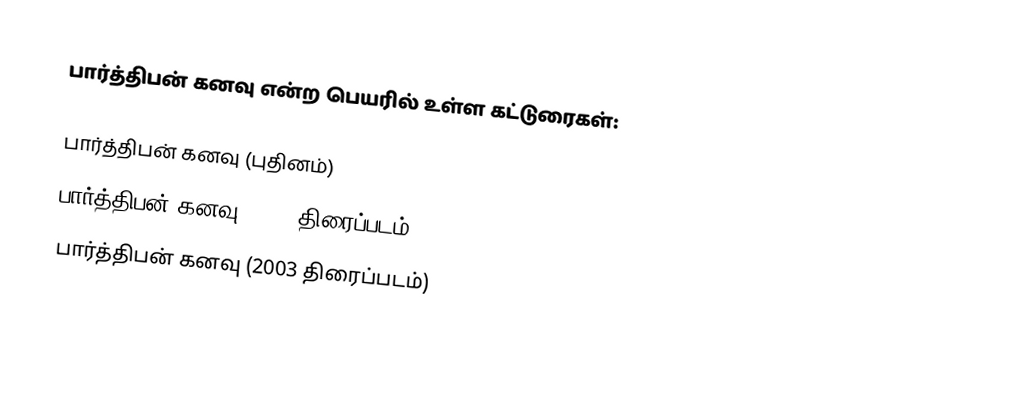
பார்த்திபன் கனவு என்ற பெயரில் உள்ள கட்டுரைகள்:

 பார்த்திபன் கனவு (புதினம்)
 பார்த்திபன் கனவு (1960 திரைப்படம்)
 பார்த்திபன் கனவு (2003 திரைப்படம்)